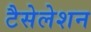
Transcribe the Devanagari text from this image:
टैसेलेशन